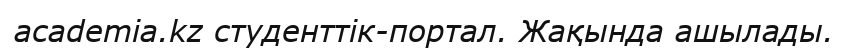
academia.kz студенттік-портал. Жақында ашылады.